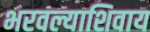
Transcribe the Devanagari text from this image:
भरवल्याशिवाय